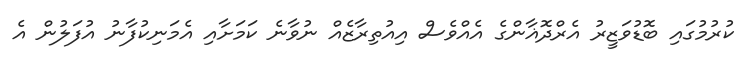
ކުރުމުގައި ބޮޑުވަޒީރު އެރްދޮޣާންގެ އެއްވެސް އިއުތިރާޒެއް ނުވާނެ ކަމަށާއި އެމަނިކުފާނު އުފަލުން އެ